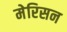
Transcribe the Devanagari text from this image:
मेरिसन